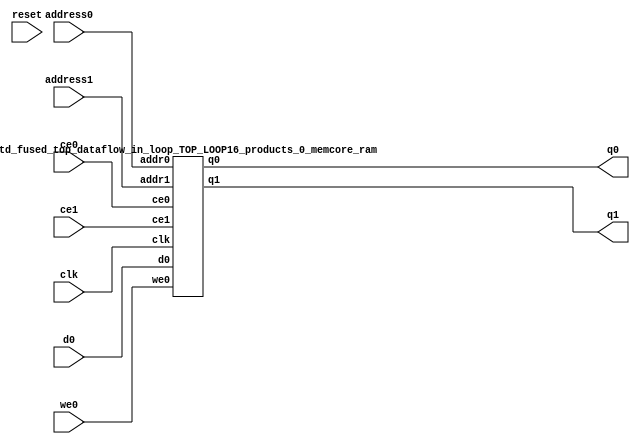
`define EXPONENT 5
`define MANTISSA 10
`define ACTUAL_MANTISSA 11
`define EXPONENT_LSB 10
`define EXPONENT_MSB 14
`define MANTISSA_LSB 0
`define MANTISSA_MSB 9
`define MANTISSA_MUL_SPLIT_LSB 3
`define MANTISSA_MUL_SPLIT_MSB 9
`define SIGN 1
`define SIGN_LOC 15
`define DWIDTH (`SIGN+`EXPONENT+`MANTISSA)
`define IEEE_COMPLIANCE 1

module td_fused_top_dataflow_in_loop_TOP_LOOP16_products_0_memcore(
    reset,
    clk,
    address0,
    ce0,
    we0,
    d0,
    q0,
    address1,
    ce1,
    q1);

parameter DataWidth = 32'd16;
parameter AddressRange = 32'd27;
parameter AddressWidth = 32'd5;
input reset;
input clk;
input[AddressWidth - 1:0] address0;
input ce0;
input we0;
input[DataWidth - 1:0] d0;
output[DataWidth - 1:0] q0;
input[AddressWidth - 1:0] address1;
input ce1;
output[DataWidth - 1:0] q1;



td_fused_top_dataflow_in_loop_TOP_LOOP16_products_0_memcore_ram td_fused_top_dataflow_in_loop_TOP_LOOP16_products_0_memcore_ram_U(
    .clk( clk ),
    .addr0( address0 ),
    .ce0( ce0 ),
    .we0( we0 ),
    .d0( d0 ),
    .q0( q0 ),
    .addr1( address1 ),
    .ce1( ce1 ),
    .q1( q1 )
);

endmodule
module td_fused_top_dataflow_in_loop_TOP_LOOP16_products_0_memcore_ram (addr0, ce0, d0, we0, q0, addr1, ce1, q1,  clk);

parameter DWIDTH = 16;
parameter AWIDTH = 5;
parameter MEM_SIZE = 27;

input[AWIDTH-1:0] addr0;
input ce0;
input[DWIDTH-1:0] d0;
input we0;
output reg[DWIDTH-1:0] q0;
input[AWIDTH-1:0] addr1;
input ce1;
output reg[DWIDTH-1:0] q1;
input clk;

reg [DWIDTH-1:0] ram[MEM_SIZE-1:0];




always @(posedge clk)  
begin 
    if (ce0) begin
        if (we0) 
            ram[addr0] <= d0; 
        q0 <= ram[addr0];
    end
end


always @(posedge clk)  
begin 
    if (ce1) begin
        q1 <= ram[addr1];
    end
end


endmodule